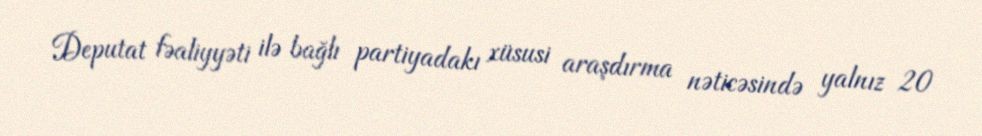
Deputat fəaliyyəti ilə bağlı partiyadakı xüsusi araşdırma nəticəsində yalnız 20